Annual report on the Civil Veterinary Department, Burma (including the Insein Veterinary School) - 1932-1941
Year: 1932
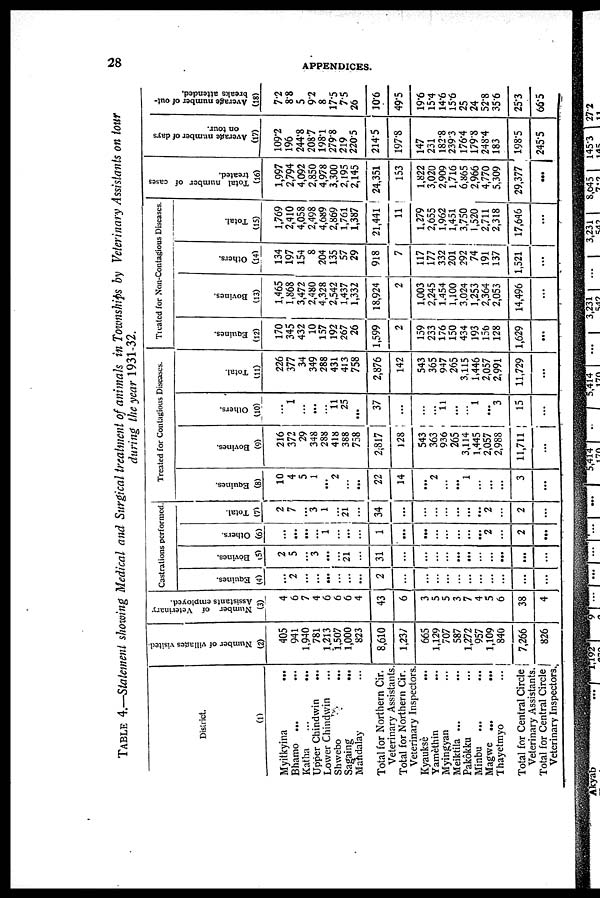
28
APPENDICES.
TABLE 4.—Statement showing Medical and Surgical treatment of animals in Townships by Veterinary Assistants on tour
during the year 1931-32.
District.
(1)
Myitkyina ...
Bhamo ... ...
Katha
... ...
Upper Chindwin
...
Lower Chindwin ...
Shwebo
...
Sagaing ...
Mandalay ...
Total for Northern Cir.
Veterinary Assistants.
Total for Northern Cir.
Veterinary Inspectors.
Kyauksè
...
Yamèthin ...
Myingyan ...
Meiktila ...
...
Pakôkku ...
Minbu
... ...
Magwe ...
...
Thayetmyo ...
Total for Central Circle
Veterinary Assistants.
Total for Central Circle
Veterinary Inspectors.
Number of villages visited.
(2)
405
941
1,940
781
1,213
1,507
1,000
823
8,610
1,237
665
1,129
707
587
1,272
957
1,109
840
7,266
826
Number of Veterinary
Assistants employed.
(3)
4
6
7
4
6
6
6
4
43
6
3
5
5
3
7
4
5
6
38
4
Castrations performed
Eauines.
(4)
2
...
...
...
...
...
...
2
...
...
...
...
...
...
...
...
...
Bovines.
(5)
2
5
3
...
...
21
...
31
...
...
...
...
...
...
...
...
...
...
...
Others.
(6)
...
...
...
...
1
...
...
...
1
...
...
...
...
...
...
2
2
...
Total.
(7)
2
7
...
3
1
...
21
...
34
...
...
...
...
...
...
2
2
...
Treated for Contagious Diseases.
Equines.
(8)
10
4
5
1
...
2
...
...
22
14
...
2
...
...
1
...
...
3
...
Bovines.
(9)
216
372
29
348
288
418
388
758
2,817
128
543
363
936
265
3,114
1,445
2,057
2,988
11,711
...
Others.
(10)
...
1
...
...
11
25
...
37
...
...
...
11
...
...
1
...
3
15
...
Total.
(11)
226
377
34
349
288
431
413
758
2,876
142
543
365
947
265
3,115
1,446
2,057
2,991
11,729
...
Treated for Non-Contagious Diseases
Equines.
(12)
170
345
432
10
157
192
267
26
1,599
2
159
233
176
150
434
193
156
128
1,629
...
Bovines.
(13)
1,465
1,868
3,472
2,480
4,328
2,542
1,437
1,332
18,924
2
1,003
2,245
1,454
1,100
3,024
1,253
2,364
2,053
14,496
...
Others.
(14)
134
197
154
8
204
135
57
29
918
7
117
177
332
201
292
74
191
137
1,521
...
Total.
(15)
1,769
2,410
4,058
2,498
4,689
2,869
1,761
1,387
21,441 !
11 |
1,279
2,655
1,962
1,451
3,750
1,520
2,711
2,318
17,646
...
Total number of cases
treated.
(16)
1,997
2,794
4,092
2,850
4,978
3,300
2,195
2,145
24,351
153
1,822
3,020
2,909
1,716
6,865
2,966
4,770
5,309
29,377
...
Average number of days
on tour.
(17)
109.2
196
244.8
208.7
198.1
279.8
219
220.5
214.5
197.8
147
231
182.8
239.3
176.4
179.8
248.4
183
198.5
245.5
Average number of out-
breaks attended.
(18)
7.2
8.8
5
9.2
8
17.5
7.5
26
10.6
49.5
19.6
15.4
14.6
15.6
25
24
52.8
35.6
25.3
66.5